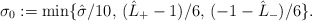
\begin{align*}\sigma_0:= \min \lbrace \hat{\sigma}/10, \, (\hat{L}_+ -1)/6, \, (-1 - \hat{L}_- )/6 \rbrace.\end{align*}